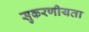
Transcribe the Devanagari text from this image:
सुकरणीयता